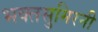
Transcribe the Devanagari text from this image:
भक्तसुमिरनी